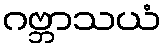
ဂဗ္ဘာသယံ